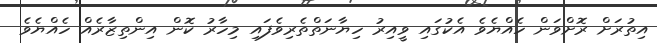
އިތުރަށް ރޮށްވަން ހެއްޔެވެ އެކުގައި ވީއިރު ހިޔާނަތްތެރިވެފައި މިހާރު ކޮން އިންތިޒާރެއް ހެއްޔެވެ